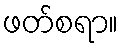
ဖတ်စရာ။